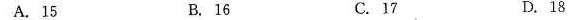
A.15 B.16 C.17 D.18